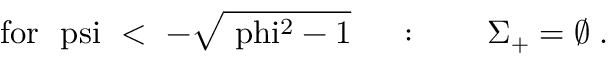
\mathrm { f o r ~ \ p s i ~ < ~ - \sqrt { \ p h i ^ { 2 } - 1 } ~ } \quad : \qquad \Sigma _ { + } = \emptyset \; .